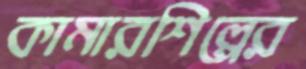
কামারশিল্পের